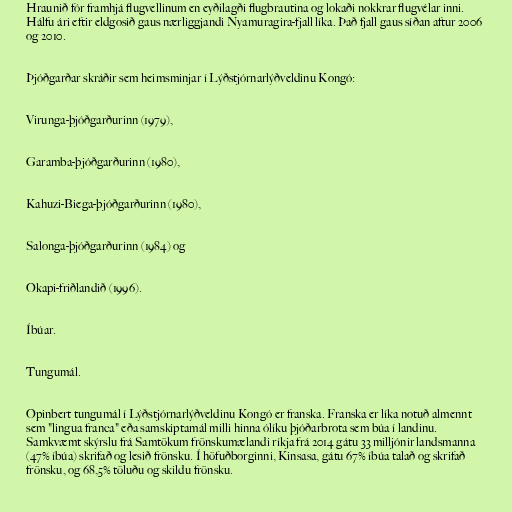
Hraunið fór framhjá flugvellinum en eyðilagði flugbrautina og lokaði nokkrar flugvélar inni.
Hálfu ári eftir eldgosið gaus nærliggjandi Nyamuragira-fjall líka. Það fjall gaus síðan aftur 2006
og 2010.

Þjóðgarðar skráðir sem heimsminjar í Lýðstjórnarlýðveldinu Kongó:

Virunga-þjóðgarðurinn (1979),

Garamba-þjóðgarðurinn (1980),

Kahuzi-Biega-þjóðgarðurinn (1980),

Salonga-þjóðgarðurinn (1984) og

Okapi-friðlandið (1996).

Íbúar.

Tungumál.

Opinbert tungumál í Lýðstjórnarlýðveldinu Kongó er franska. Franska er líka notuð almennt
sem "lingua franca" eða samskiptamál milli hinna ólíku þjóðarbrota sem búa í landinu.
Samkvæmt skýrslu frá Samtökum frönskumælandi ríkja frá 2014 gátu 33 milljónir landsmanna
(47% íbúa) skrifað og lesið frönsku. Í höfuðborginni, Kinsasa, gátu 67% íbúa talað og skrifað
frönsku, og 68,5% töluðu og skildu frönsku.